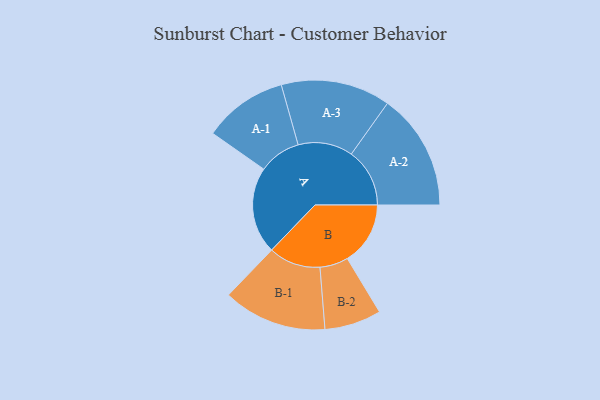
{"axis": {"x": "Segment", "y": "Value"}, "legend": ["", "A", "B"], "data": [{"x": "A", "y": 431, "type": ""}, {"x": "B", "y": 313, "type": ""}, {"x": "A-1", "y": 209, "type": "A"}, {"x": "A-2", "y": 290, "type": "A"}, {"x": "A-3", "y": 272, "type": "A"}, {"x": "B-1", "y": 258, "type": "B"}, {"x": "B-2", "y": 141, "type": "B"}]}